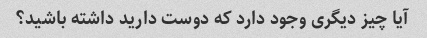
آیا چیز دیگری وجود دارد که دوست دارید داشته باشید؟